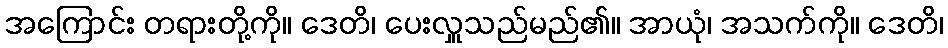
အကြောင်း တရားတို့ကို။ ဒေတိ၊ ပေးလှူသည်မည်၏။ အာယုံ၊ အသက်ကို။ ဒေတိ၊